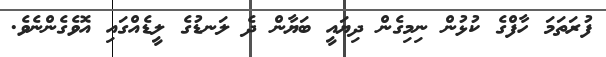
ފުރަތަމަ ހާފްގެ ކުޅުން ނިމިގެން ދިޔައީ ބަޔާން ދެ ލަނޑުގެ ލީޑެއްގައި އޮވެގެންނެވެ.